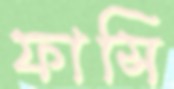
ফাসি